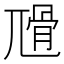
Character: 𡰅